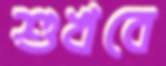
শুখবে